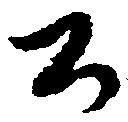
公